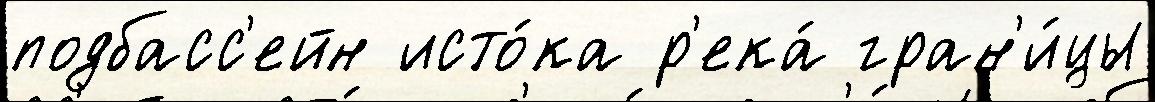
подбасс'ейн исто́ка р'ека́ гран'и́цы